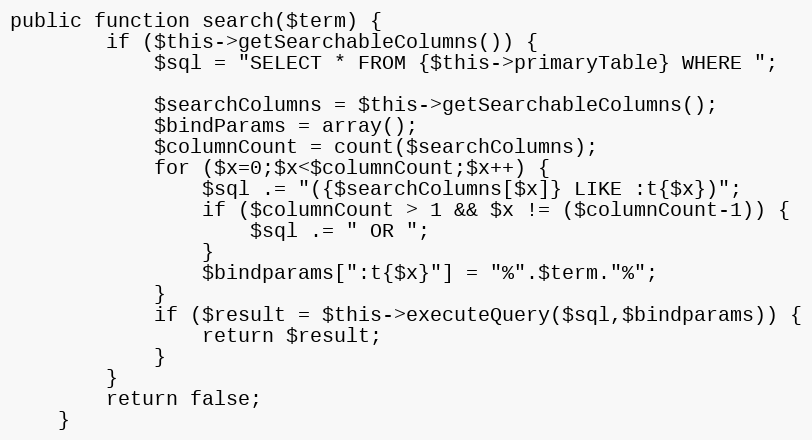
Language: PHP
public function search($term) {
		if ($this->getSearchableColumns()) {
			$sql = "SELECT * FROM {$this->primaryTable} WHERE ";

			$searchColumns = $this->getSearchableColumns();
			$bindParams = array();
			$columnCount = count($searchColumns);
			for ($x=0;$x<$columnCount;$x++) {
				$sql .= "({$searchColumns[$x]} LIKE :t{$x})";
				if ($columnCount > 1 && $x != ($columnCount-1)) {
					$sql .= " OR ";
				}
				$bindparams[":t{$x}"] = "%".$term."%";
			}
			if ($result = $this->executeQuery($sql,$bindparams)) {
				return $result;
			}
		}
		return false;
	}